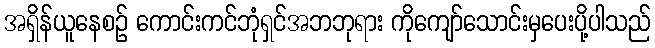
အရှိန်ယူနေစဉ် ကောင်းကင်ဘုံရှင်အဘဘုရား ကိုကျော်သောင်းမှပေးပို့ပါသည်